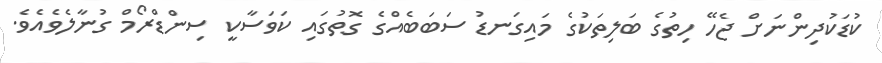
ކުޑަކުދިންނަށް ޖެހޭ ހިތުގެ ބަލިތަކުގެ މައިގަނޑު ސަބަބެއްގެ ގޮތުގައި ކަވަސާކީ ސިންޑްރޯމް ގުނާލެވެއެވެ.